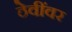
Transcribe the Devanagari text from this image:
ठेवींवर